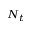
N _ { t }